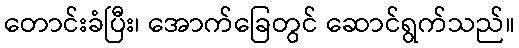
တောင်းခံပြီး၊ အောက်ခြေတွင် ဆောင်ရွက်သည်။